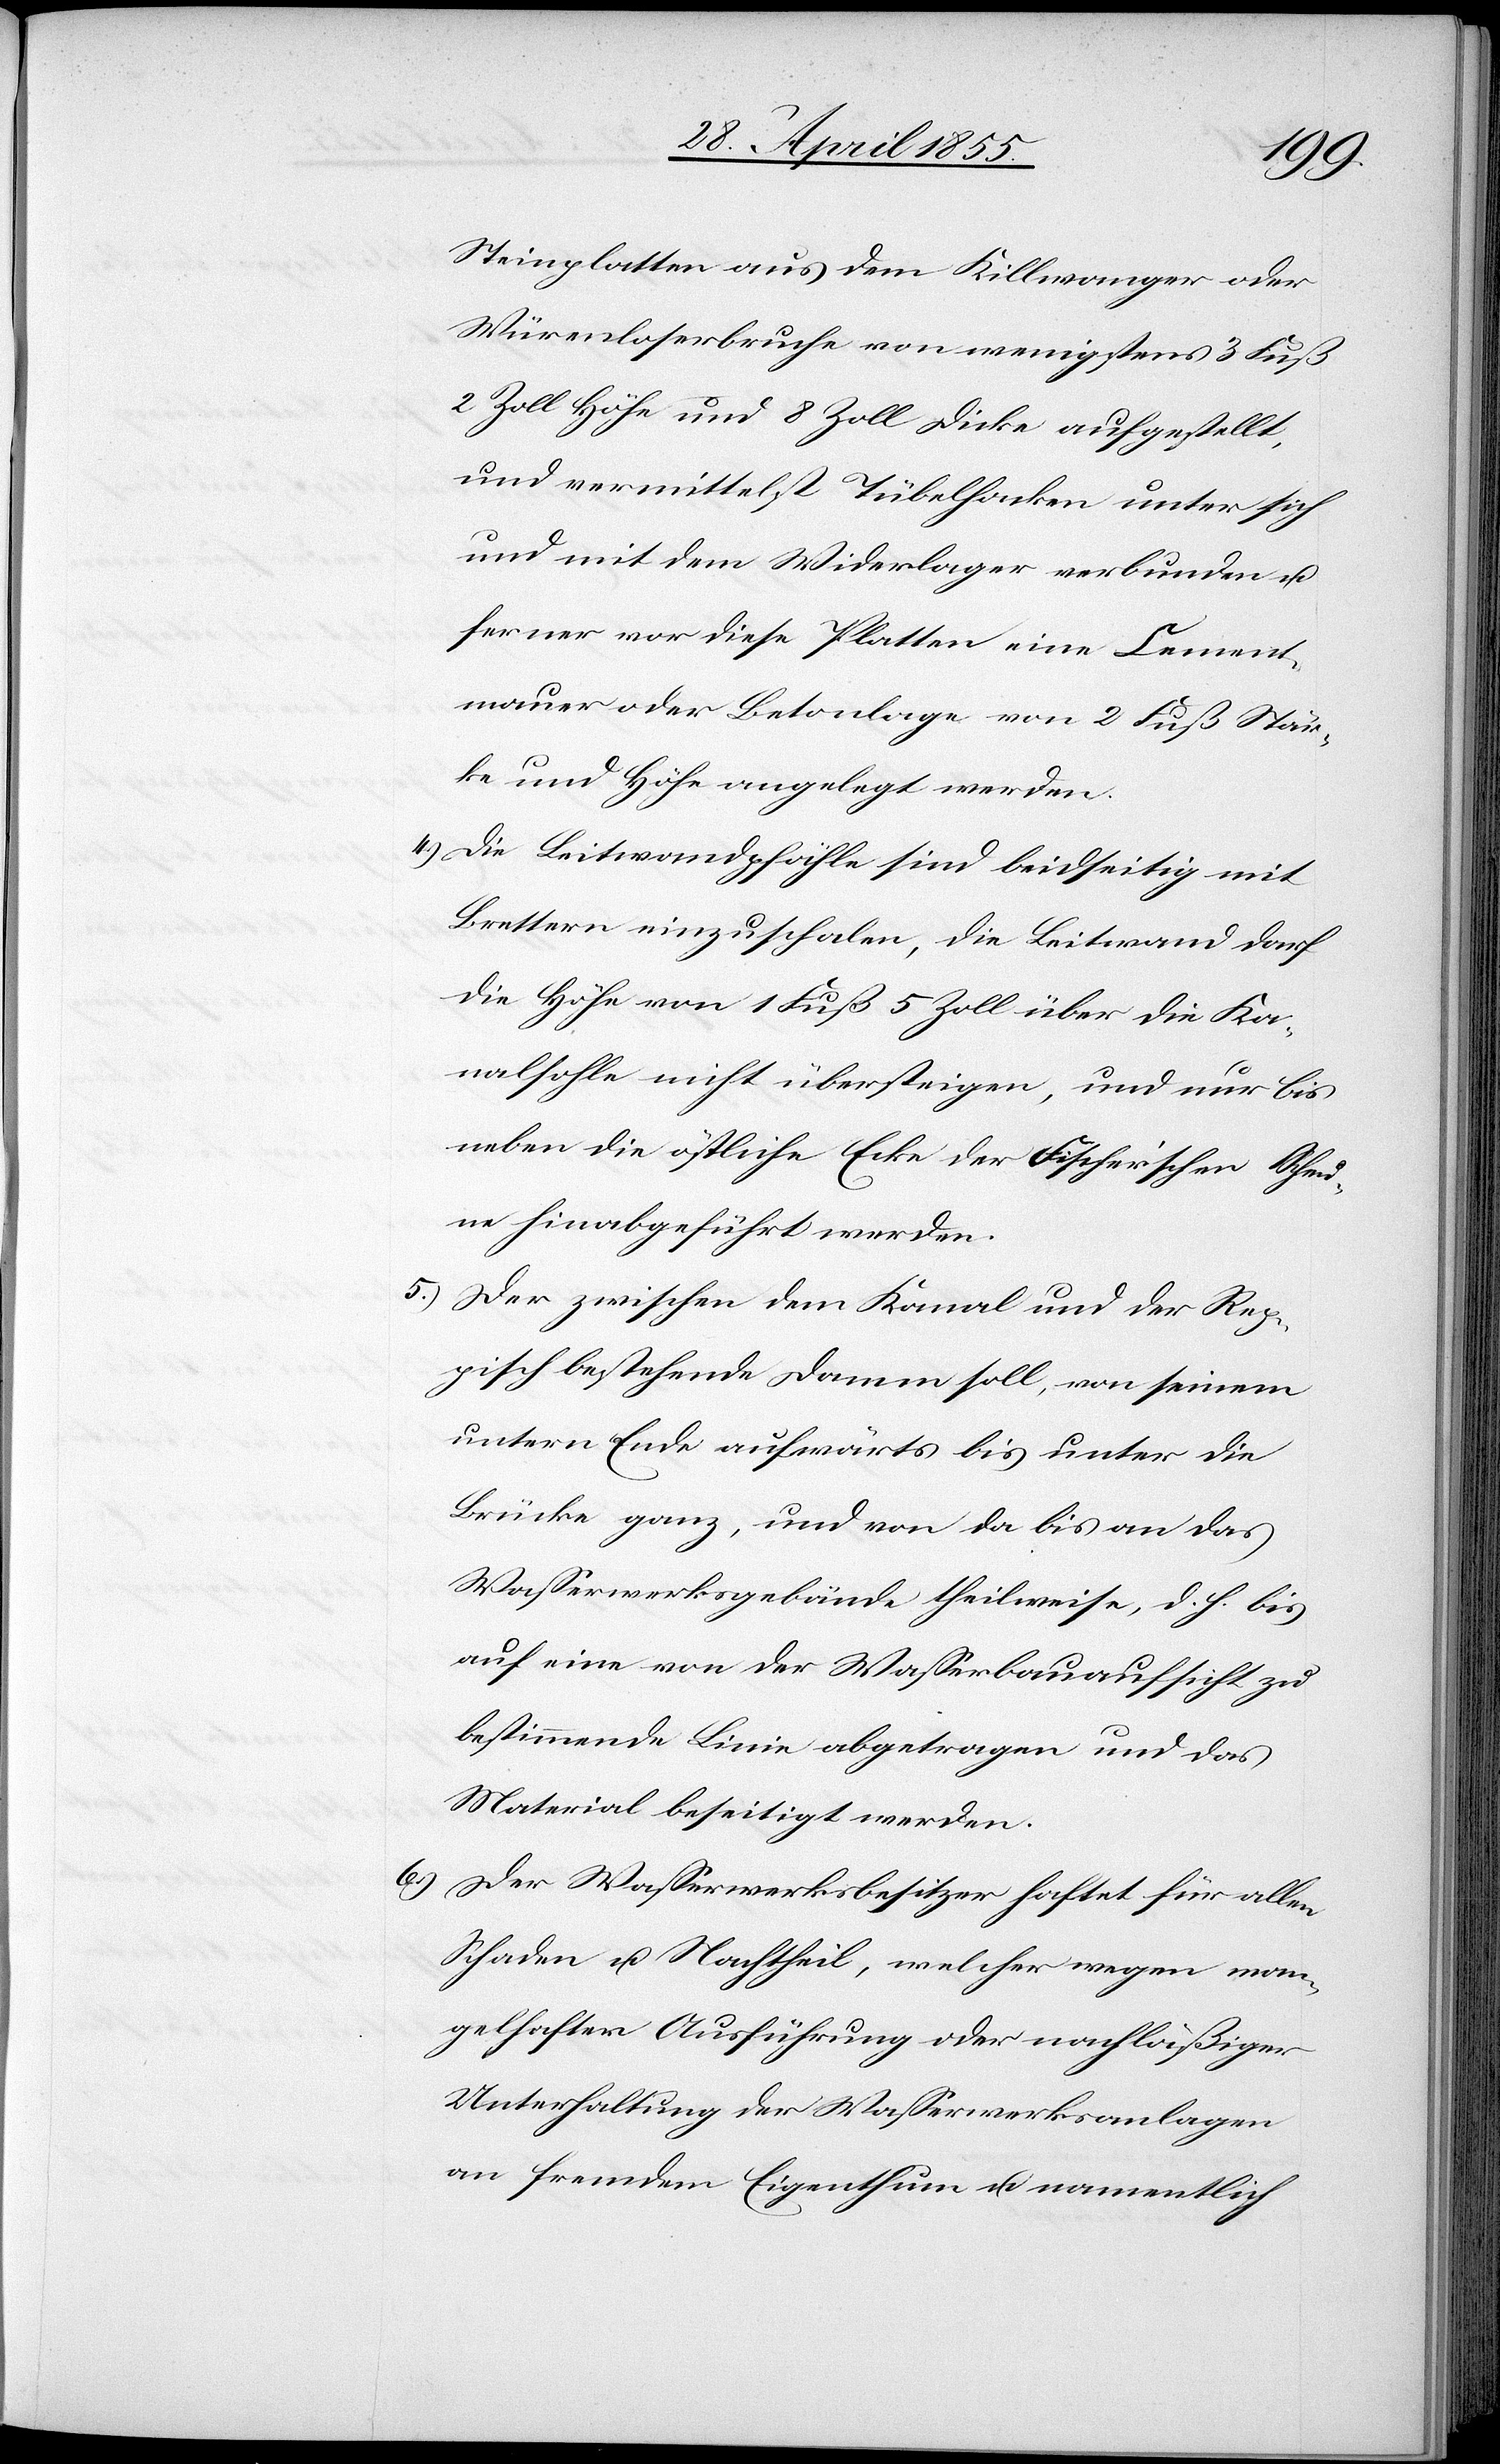
6.)

Steinplatten aus dem Killwanger oder
Würenloserbruche von wenigstens 3 Fuß
2 Zoll Höhe und 8 Zoll Dicke aufgestellt,
und vermittelst Tübelhacken unter sich
und mit dem Widerlager verbunden u.
ferner vor diese Platten eine Cement¬
mauer oder Betonlage von 2 Fuß Stär¬
ke und Höhe angelegt werden.
Die Leitwandpfähle sind beidseitig mit
Brettern einzuschalen, die Leitwand darf
die Höhe von 1 Fuß 5 Zoll über die Ka¬
nalsohle nicht übersteigen, und nur bis
neben die östliche Ecke der Fischer’schen Scheu¬
ne hinabgeführt werden.
Der zwischen dem Kanal und der Rep¬
pisch bestehende Damm soll, von seinem
untern Ende aufwärts bis unter die
Brücke ganz, und von da bis an das
Wasserwerksgebäude theilweise, d. h. bis
auf eine von der Wasserbauaufsicht zu
bestimmende Linie abgetragen und das
Material beseitigt werden.
Der Wasserwerksbesitzer haftet für allen
Schaden u. Nachtheil, welcher wegen man¬
gelhafter Ausführung oder nachläßiger
Unterhaltung der Wasserwerksanlagen
an fremdem Eigenthum u. namentlich